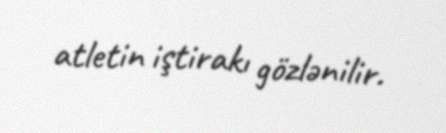
atletin iştirakı gözlənilir.